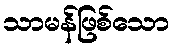
သာမန်ဖြစ်သော